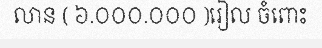
លាន ( ៦.០០០.០០០ )រៀល ចំពោះ